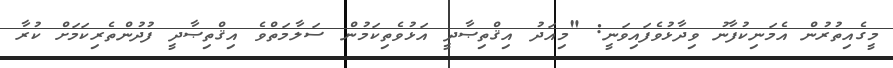
މީގެއިތުރުން އެމަނިކުފާނު ވިދާޅުވެފައިވަނީ: "މިއަދު އިޤްތިޞާދީ އަޅުވެތިކަމުން ސަލާމަތްވެ އިޤްތިޞާދީ ފުދުންތެރިކަމަށް ކުރާ